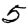
Digit: 5